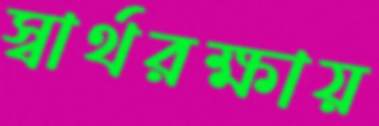
স্বার্থরক্ষায়